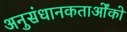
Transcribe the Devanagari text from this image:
अनुसंधानकतार्ओंको